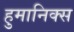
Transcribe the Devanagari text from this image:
हुमानिक्स